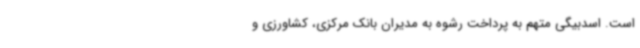
است. اسدبیگی متهم به پرداخت رشوه‌ به مدیران بانک مرکزی، کشاورزی و